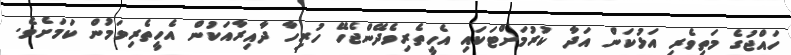
ހައްޖުގެ މަތިވެރި އަޅުކަން އަދާ ކުރުމަށްޓަކައި އެހީތެރިވެދޭންޖެހޭ ހުރިހާ ދާއިރާއަކުން އެހީތެރިވަމުން ކަމަށެވެ.